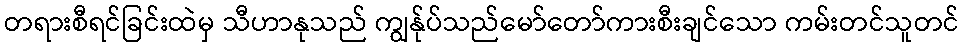
တရားစီရင်ခြင်းထဲမှ သီဟာနုသည် ကျွန်ုပ်သည်မော်တော်ကားစီးချင်သော ကမ်းတင်သူတင်